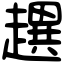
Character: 趩